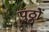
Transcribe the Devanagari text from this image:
पुठ्ठों